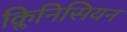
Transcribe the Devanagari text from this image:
क्लिनिसियन